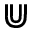
\Cup